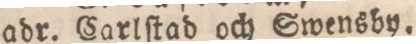
adr. Carlſtad och Swensby.